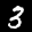
Label: 3